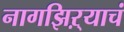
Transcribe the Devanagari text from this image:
नागझिऱ्याचं